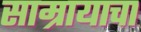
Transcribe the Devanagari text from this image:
साम्रायाचा